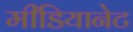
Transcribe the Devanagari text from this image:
मीडियानेट